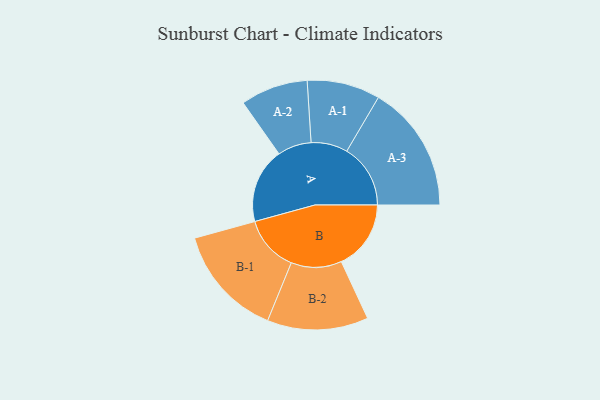
{"axis": {"x": "Segment", "y": "Value"}, "legend": ["", "A", "B"], "data": [{"x": "A", "y": 354, "type": ""}, {"x": "B", "y": 328, "type": ""}, {"x": "A-1", "y": 172, "type": "A"}, {"x": "A-2", "y": 159, "type": "A"}, {"x": "A-3", "y": 300, "type": "A"}, {"x": "B-1", "y": 264, "type": "B"}, {"x": "B-2", "y": 238, "type": "B"}]}